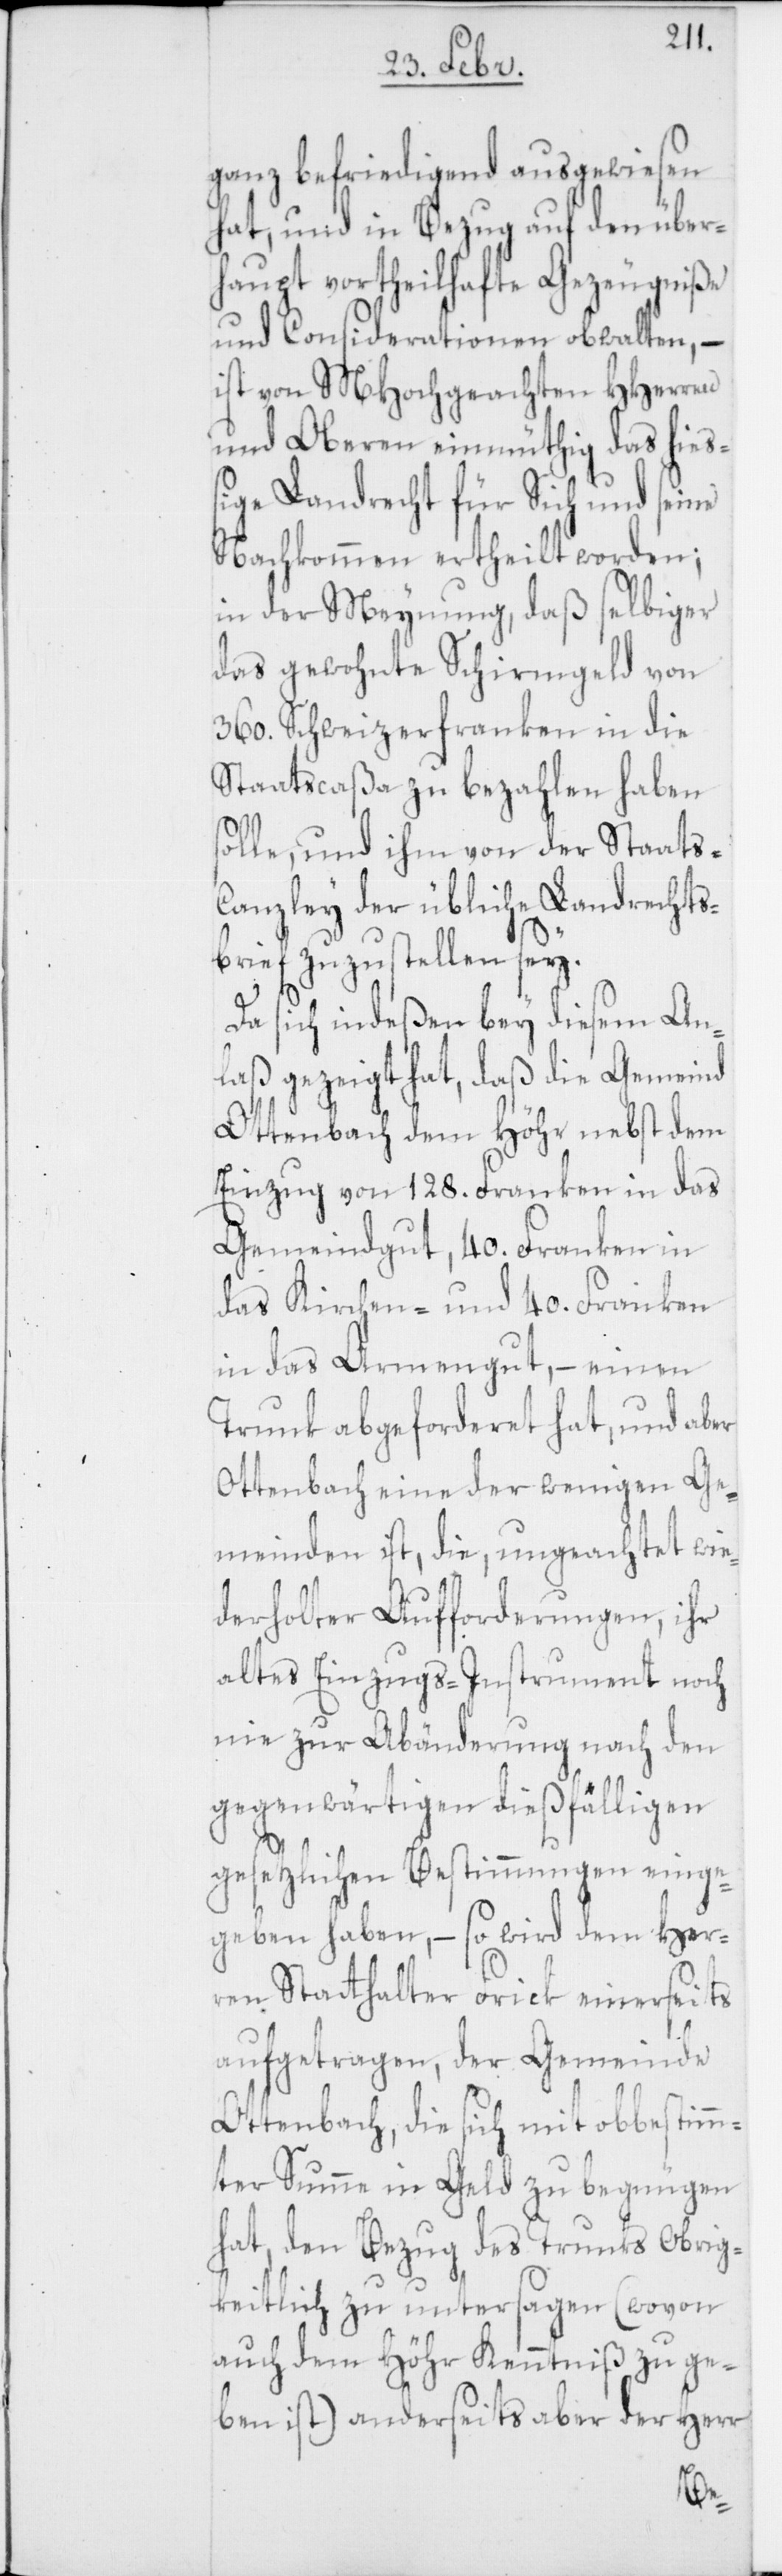
ganz befriedigend ausgewiesen
hat, und in Bezug auf den über¬
haupt vortheilhafte Gezeugniße
und Considerationen obwalten, –
ist von MHochgeachten HHerren
und Oberen einmüthig das hieß¬
ige Landrecht für Sich und seine
Nachkommen ertheilt worden;
in der Meynung, daß selbiger
das gewohnte Schirmgeld von
360. Schweizerfranken in die
Staatscaßa zu bezahlen haben
solle, und ihm von der Staats-C¬
anzley der übliche Landrechts¬
brief zuzustellen sey.
Da sich indeßen bey diesem An¬
laß gezeigt hat, daß die Gemeind
Ottenbach dem Höhr nebst dem
Einzug von 128. Franken in das
Gemeindgut, 40. Franken in
das Kirchen- und 40. Franken
in das Armengut, – einen
Trunk abgeforderet hat, und aber
Ottenbach eine der wenigen Ge¬
meinden ist, die, ungeachtet wie¬
derholter Aufforderungen, ihr
altes Einzugs-Instrument noch
nie zur Abänderung nach den
gegenwärtigen dießfälligen
gesetzlichen Bestimmungen einge¬
geben haben, – so wird dem Her¬
ren Statthalter Frick einerseits
aufgetragen, der Gemeinde
Ottenbach, die sich mit obbestimm¬
ter Summe in Geld zu begnügen
hat, den Bezug des Trunks Obrig¬
keitlich zu untersagen (wovon
auch dem Höhr Kenntniß zu ge¬
ben ist) anderseits aber der Herr